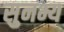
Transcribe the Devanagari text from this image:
सुनभ्य